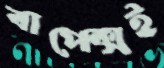
বাপেক্সই